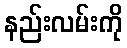
နည်းလမ်းကို